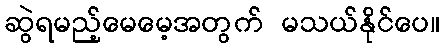
ဆွဲရမည့်မေမေ့အတွက် မသယ်နိုင်ပေ။